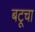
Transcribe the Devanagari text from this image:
बटूचा